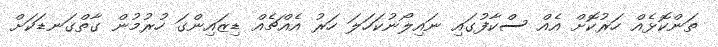
ތަންކޮޅެއް ހަރުކޮށް އެއް ސްކާފުގައި ނައިލޯނުކަހަލަ ހަރު އެއްޗެއް ޑިޒައިންގަ ހުރުމުން ގާތްގަނޑަކަށް